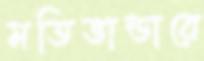
মতিভান্ডারে